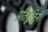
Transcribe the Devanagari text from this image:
प्रतिद्वंद्विनी